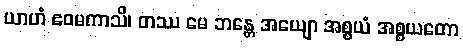
ယာဟံ ဧဝမကာသိ၊ တဿ မေ ဘန္တေ အယျော အစ္စယံ အစ္စယတော